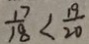
\frac { 1 7 } { 1 8 } < \frac { 1 9 } { 2 0 }